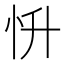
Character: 𢗢